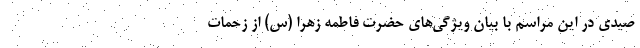
صیدی در این مراسم با بیان ویژگی‌های حضرت فاطمه زهرا (س) از زحمات